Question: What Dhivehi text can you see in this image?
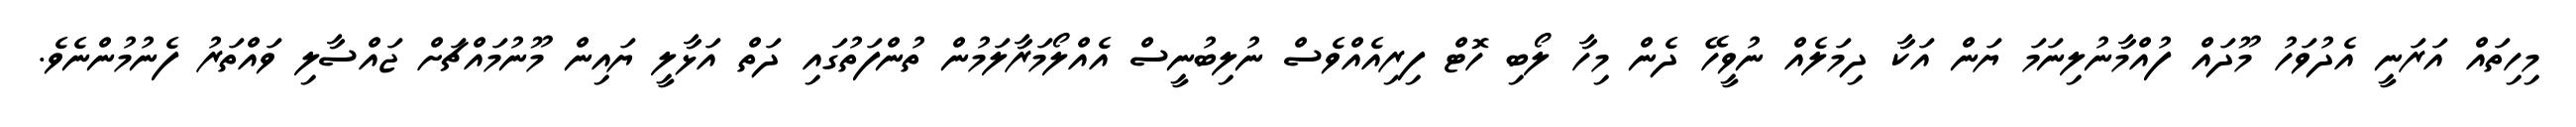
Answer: މިހިތައް އަރަނީ އެދުވަހު މޫދައް ފުއްމާނުލިނަމަ ޔަން އަކާ ދިމަލެއް ނުވީހޭ ދެން މިހާ ލޯބި ހޮޓް ފިރިއެއްވެސް ނުލިބުނީސް އެއްލޯމަރާލަމުން ތުންފަތުގައި ދަތް އަޅާލީ ޔައިން މޫނުމައްޗަށް ޖައްސާލި ވައްތަރު ފެނުމުންނެވެ.